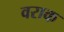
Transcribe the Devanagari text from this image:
वराक